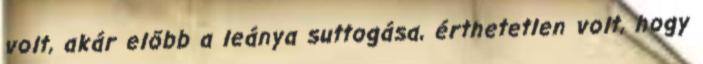
volt, akár előbb a leánya suttogása, érthetetlen volt, hogy